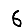
Digit: 6